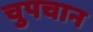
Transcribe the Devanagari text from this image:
चुपचान